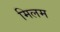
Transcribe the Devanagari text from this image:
मिलम